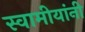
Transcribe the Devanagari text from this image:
स्वामीयांनी